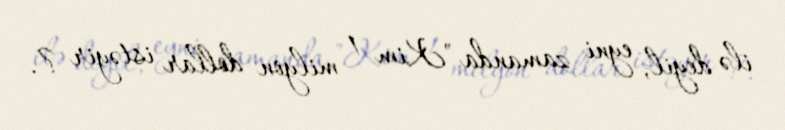
ilə deyil, eyni zamanda "Kim 1 milyon dollar istəyir ?.